Vaccination in the Punjab 1883-1896 - 1883-1896
Year: 1883
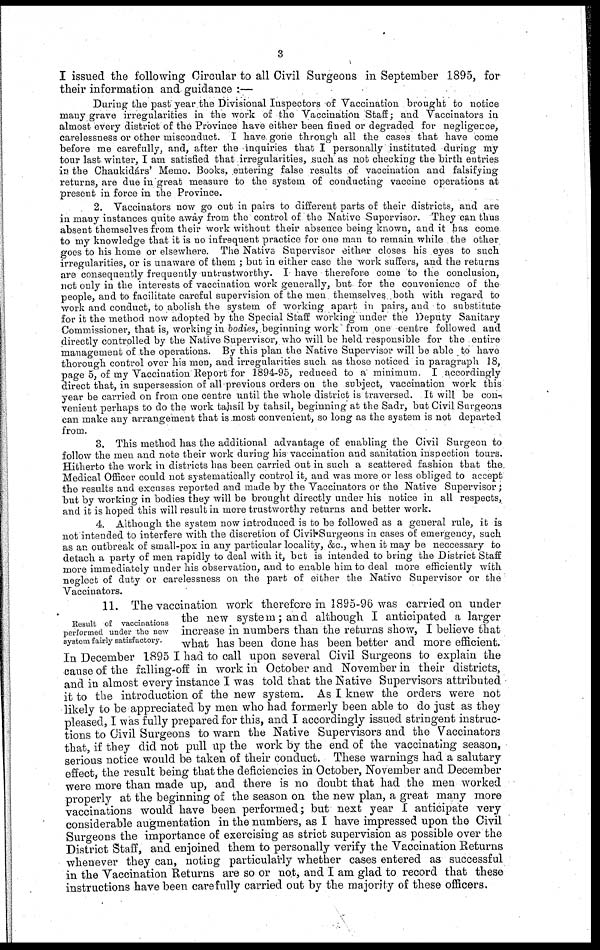
3
I issued the following Circular to all Civil Surgeons in September 1895, for
their information and guidance :—
During the past year the Divisional Inspectors of Vaccination brought to notice
many grave irregularities in the work of the Vaccination Staff; and Vaccinators in
almost every district of the Province have either been fined or degraded for negligence,
carelessness or other misconduct. I have gone through all the cases that have come
before me carefully, and, after the inquiries that I personally instituted during my
tour last winter, I am satisfied that irregularities, such as not checking the birth entries
in the Chaukidárs' Memo. Books, entering false results of vaccination and falsifying
returns, are due in great measure to the system of conducting vaccine operations at
present in force in the Province.
2. Vaccinators now go out in pairs to different parts of their districts, and are
in many instances quite away from the control of the Native Supervisor. They can thus
absent themselves from their work without their absence being known, and it has come
to my knowledge that it is no infrequent practice for one man to remain while the other
goes to his home or elsewhere. The Native Supervisor either closes his eyes to such
irregularities, or is unaware of them ; but in either case the work suffers, and the returns
are consequently frequently untrustworthy. I have therefore come to the conclusion,
not only in the interests of vaccination work generally, but for the convenience of the
people, and to facilitate careful supervision of the men themselves both with regard to
work and conduct, to abolish the system of working apart in pairs, and to substitute
for it the method now adopted by the Special Staff working under the Deputy Sanitary
Commissioner, that is, working in bodies, beginning work from one centre followed and
directly controlled by the Native Supervisor, who will be held responsible for the entire
management of the operations. By this plan the Native Supervisor will be able to have
thorough control over his men, and irregularities such as those noticed in paragraph 18,
page 5, of my Vaccination Report for 1894-95, reduced to a minimum. I accordingly
direct that, in supersession of all previous orders on the subject, vaccination work this
year be carried on from one centre until the whole district is traversed. It will be con-
venient perhaps to do the work tahsíl by tahsíl, beginning at the Sadr, but Civil Surgeons
can make any arrangement that is most convenient, so long as the system is not departed
from.
3. This method has the additional advantage of enabling the Civil Surgeon to
follow the men and note their work during his vaccination and sanitation inspection tours.
Hitherto the work in districts has been carried out in such a scattered fashion that the
Medical Officer could not systematically control it, and was more or less obliged to accept
the results and excuses reported and made by the Vaccinators or the Native Supervisor;
but by working in bodies they will be brought directly under his notice in all respects,
and it is hoped this will result in more trustworthy returns and better work.
4. Although the system now introduced is to be followed as a general rule, it is
not intended to interfere with the discretion of Civil Surgeons in cases of emergency, such
as an outbreak of small-pox in any particular locality, &c., when it may be neccessary to
detach a party of men rapidly to deal with it, but is intended to bring the District Staff
more immediately under his observation, and to enable him to deal more efficiently wíth
neglect of duty or carelessness on the part of either the Native Supervisor or the
Vaccinators.
Result of vaccinations
performed under the new
system fairly satisfactory.
11. The vaccination work therefore in 1895-96 was carried on under
the new system; and although I anticipated a larger
increase in numbers than the returns show, I believe that
what has been done has been better and more efficient.
In December 1895 I had to call upon several Civil Surgeons to explain the
cause of the falling-off in work in October and November in their districts,
and in almost every instance I was told that the Native Supervisors attributed
it to the introduction of the new system. As I knew the orders were not
likely to be appreciated by men who had formerly been able to do just as they
pleased, I was fully prepared for this, and I accordingly issued stringent instruc-
tions to Civil Surgeons to warn the Native Supervisors and the Vaccinators
that, if they did not pull up the work by the end of the vaccinating season,
serious notice would be taken of their conduct. These warnings had a salutary
effect, the result being that the deficiencies in October, November and December
were more than made up, and there is no doubt that had the men worked
properly at the beginning of the season on the new plan, a great many more
vaccinations would have been performed; but next year I anticipate very
considerable augmentation in the numbers, as I have impressed upon the Civil
Surgeons the importance of exercising as strict supervision as possible over the
District Staff, and enjoined them to personally verify the Vaccination Returns
whenever they can, noting particularly whether cases entered as successful
in the Vaccination Returns are so or not, and I am glad to record that these
instructions have been carefully carried out by the majority of these officers.